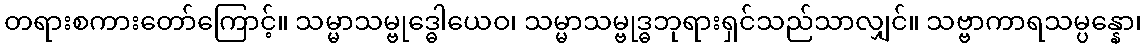
တရားစကားတော်ကြောင့်။ သမ္မာသမ္ဗုဒ္ဓေါယေဝ၊ သမ္မာသမ္ဗုဒ္ဓဘုရားရှင်သည်သာလျှင်။ သဗ္ဗာကာရသမ္ပန္နော၊